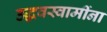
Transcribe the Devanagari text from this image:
उद्धवस्वामींना